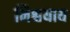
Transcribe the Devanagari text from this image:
निश्चयाय